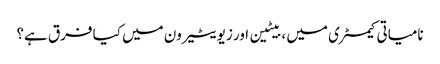
نامیاتی کیمسٹری میں ، بیٹین اور زیویٹیرون میں کیا فرق ہے؟